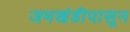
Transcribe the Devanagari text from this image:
जमखंडीपासून